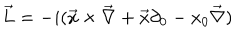
\vec { L } = - i ( \vec { x } \times \vec { \nabla } + \vec { x } \partial _ { 0 } - x _ { 0 } \vec { \nabla } )